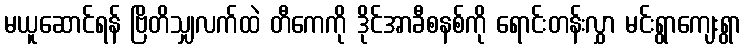
မယူဆောင်ရန် ဗြိတိသျှလက်ထဲ တီကေကို ဒိုင်အာခီစနစ်ကို ရောင်းတန်းလွှာ မင်းရွာကျေးရွာ